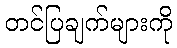
တင်ပြချက်များကို